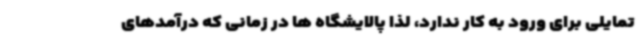
تمایلی برای ورود به کار ندارد، لذا پالایشگاه ها در زمانی که درآمدهای